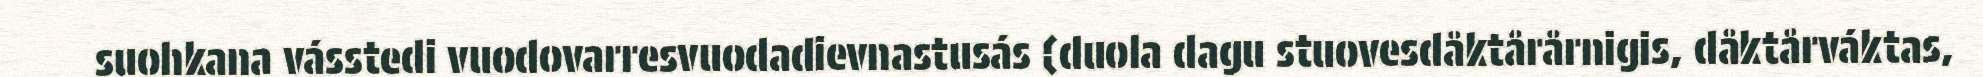
suohkana vásstedi vuodovarresvuodadievnastusás (duola dagu stuovesdåktårårnigis, dåktårváktas,